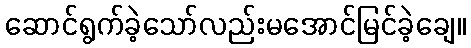
ဆောင်ရွက်ခဲ့သော်လည်းမအောင်မြင်ခဲ့ချေ။